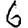
Digit: 6